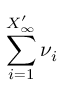
\sum _ { i = 1 } ^ { X _ { \infty } ^ { \prime } } \nu _ { i }